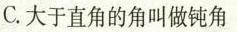
C.大于直角的角叫做钝角